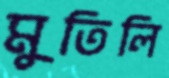
মুতিলি